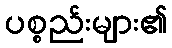
ပစ္စည်းများ၏